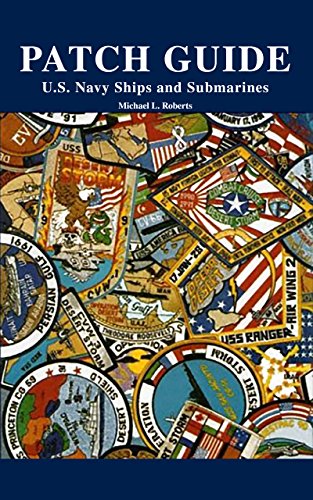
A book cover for Patch Guide: U.S. Navy Ships and Submarines; Crafts, Hobbies & Home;